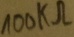
Text: 100kΩ